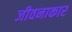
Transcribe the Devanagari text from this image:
जीवनाकार